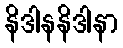
နိဒါနနိဒါနာ